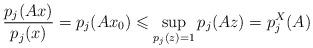
LaTeX: \begin{align*}\dfrac{p_j(Ax)}{p_j(x)} = p_{j}(Ax_0) \leqslant \sup_{p_{j}(z) =1} p_{j}(Az)=p_{j}^{X}(A)\end{align*}